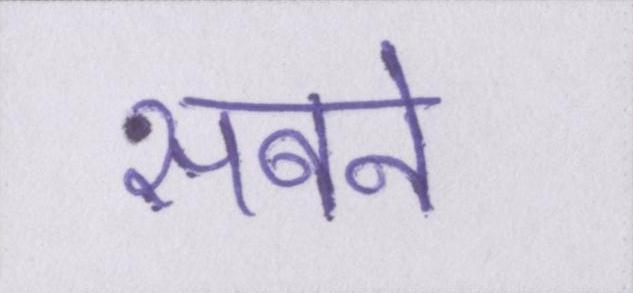
सबने